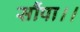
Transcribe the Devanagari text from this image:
सौंपा।।